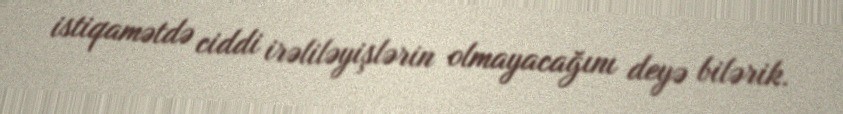
istiqamətdə ciddi irəliləyişlərin olmayacağını deyə bilərik.